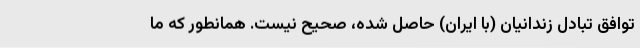
توافق تبادل زندانیان (با ایران) حاصل شده، صحیح نیست. همانطور که ما